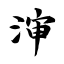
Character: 渖